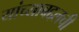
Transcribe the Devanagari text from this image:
यांच्याबद्दलची